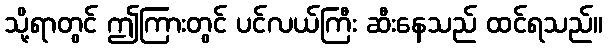
သို့ရာတွင် ဤကြားတွင် ပင်လယ်ကြီး ဆီးနေသည် ထင်ရသည်။